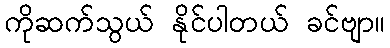
ကိုဆက်သွယ် နိုင်ပါတယ် ခင်ဗျာ။